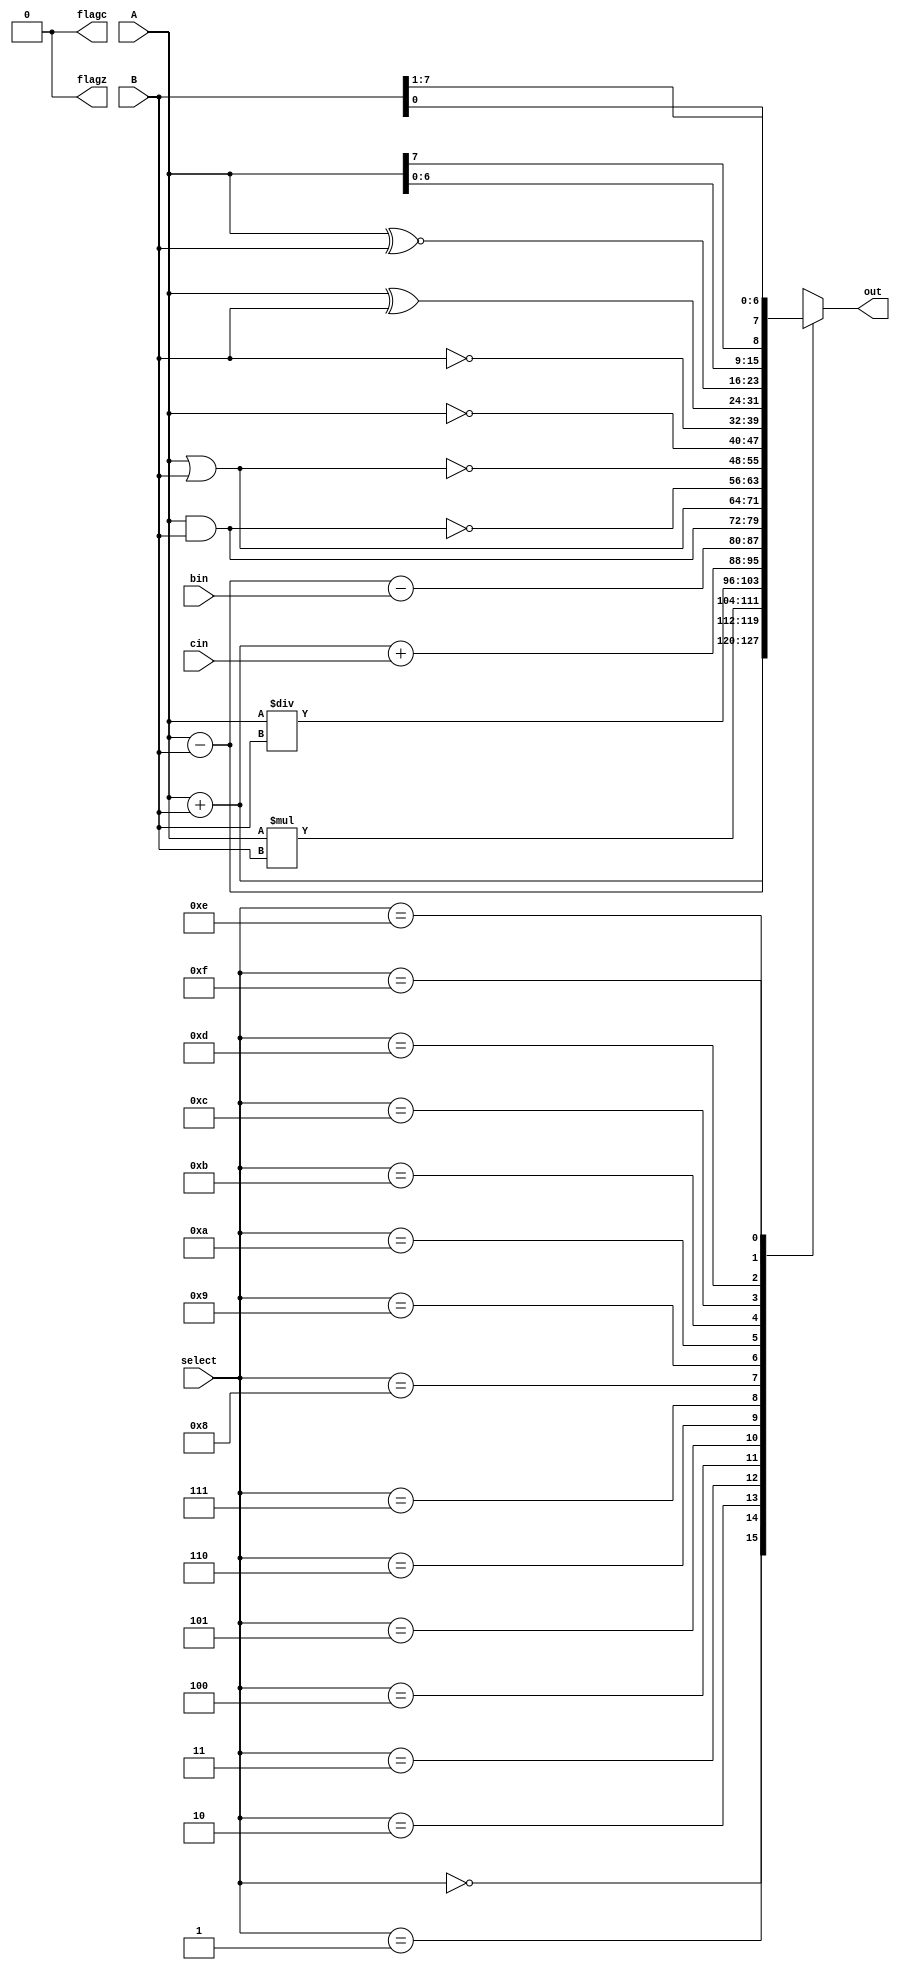
`timescale 1ns / 1ps
//////////////////////////////////////////////////////////////////////////////////
// Company: 
// Engineer: 
// 
// Design Name: 
// Module Name: ALU8
// Project Name: 
// Target Devices: 
// Tool Versions: 
// Description: 
// 
// Dependencies: 
// 
// Revision:
// Revision 0.01 - File Created
// Additional Comments:
// 
//////////////////////////////////////////////////////////////////////////////////


module ALU8(
    input [7:0] A,
    input [7:0] B,
    input [3:0] select,
    input cin,
    input bin,
    output reg [7:0] out=8'b0,
    output reg flagc=1'b0,
    output reg flagz=1'b0
    );
always@(A or B or select)
begin
case(select)
4'b0000: out=A+B; //addition
4'b0001: out=A-B; //subtraction
4'b0010: out=A*B; //multiplication
4'b0011: out=A/B; //division
4'b0100: out=A+B+cin; //addition with carry
4'b0101: out=A-B-bin; //subtraction with borrow
4'b0110: out=A&B; //bitwise AND
4'b0111: out=A|B; //bitwise OR
4'b1000: out=~(A&B); //bitwise NAND
4'b1001: out=~(A|B); //bitwise NOR
4'b1010: out=~A; //Negation of A
4'b1011: out=~B; //Negation of B
4'b1100: out=A^B; //bitwise XOR
4'b1101: out=A~^B; //bitwise XNOR
4'b1110: out={A[6:0],A[7]}; //rotate left
4'b1111: out={B[0],B[7:1]}; //rotate right
default: out=A+B;
endcase
end
endmodule